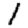
Digit: 1